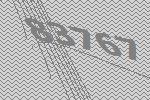
83767